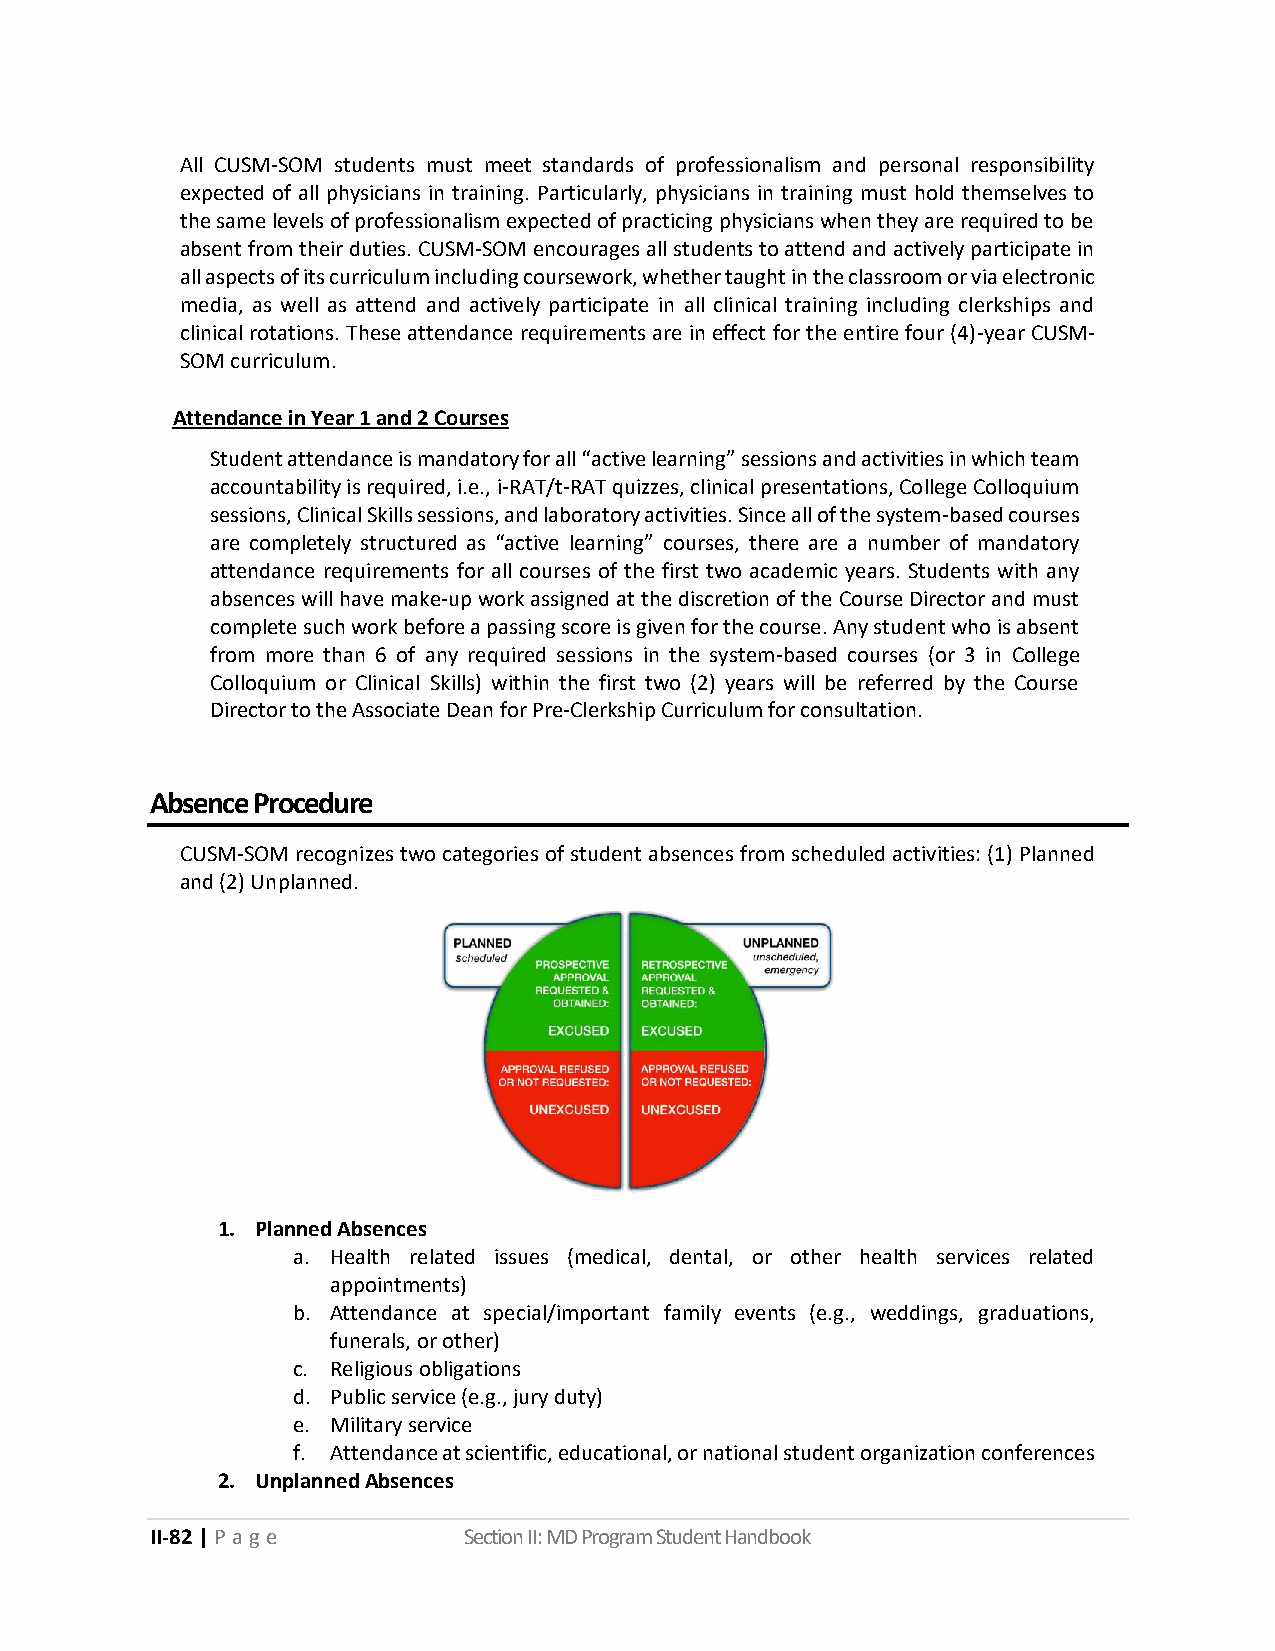
All CUSM‐SOM students must meet standards of professionalism and personal responsibility
 expected of all physicians in training. Particularly, physicians in training must hold themselves to
 the same levels of professionalism expected of practicing physicians when they are required to be
 absent from their duties. CUSM‐SOM encourages all students to attend and actively participate in
 all aspects of its curriculum including coursework, whether taught in the classroom or via electronic
 media, as well as attend and actively participate in all clinical training including clerkships and
 clinical rotations. These attendance requirements are in effect for the entire four (4)-year CUSM‐
 SOM curriculum.
 Attendance in Year 1 and 2 Courses
 Student attendance is mandatory for all “active learning” sessions and activities in which team
 accountability is required, i.e., i-RAT/t-RAT quizzes, clinical presentations, College Colloquium
 sessions, Clinical Skills sessions, and laboratory activities. Since all of the system‐based courses
 are completely structured as “active learning” courses, there are a number of mandatory
 attendance requirements for all courses of the first two academic years. Students with any
 absences will have make‐up work assigned at the discretion of the Course Director and must
 complete such work before a passing score is given for the course. Any student who is absent
 from more than 6 of any required sessions in the system-based courses (or 3 in College
 Colloquium or Clinical Skills) within the first two (2) years will be referred by the Course
 Director to the Associate Dean for Pre-Clerkship Curriculum for consultation.
 Absence Procedure
 CUSM‐SOM recognizes two categories of student absences from scheduled activities: (1) Planned
 and (2) Unplanned.
 1. Planned Absences
 a. Health related issues (medical, dental, or other health services related
 appointments)
 b. Attendance at special/important family events (e.g., weddings, graduations,
 funerals, or other)
 c. Religious obligations
 d. Public service (e.g., jury duty)
 e. Military service
 f. Attendance at scientific, educational, or national student organization conferences
 2. Unplanned Absences
 II-82 | P a g e      Section II: MD Program Student Handbook